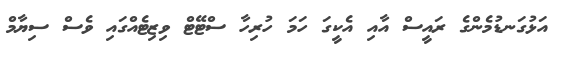
އަޅުގަނޑުމެންގެ ރައީސް އާއި އެކީގަ ހަަމަ ހުރިހާ ސްޓޭޓް ވިޒިޓެއްގަައި ވެސް ސިޔާމް